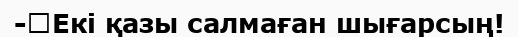
-	Екі қазы салмаған шығарсың!